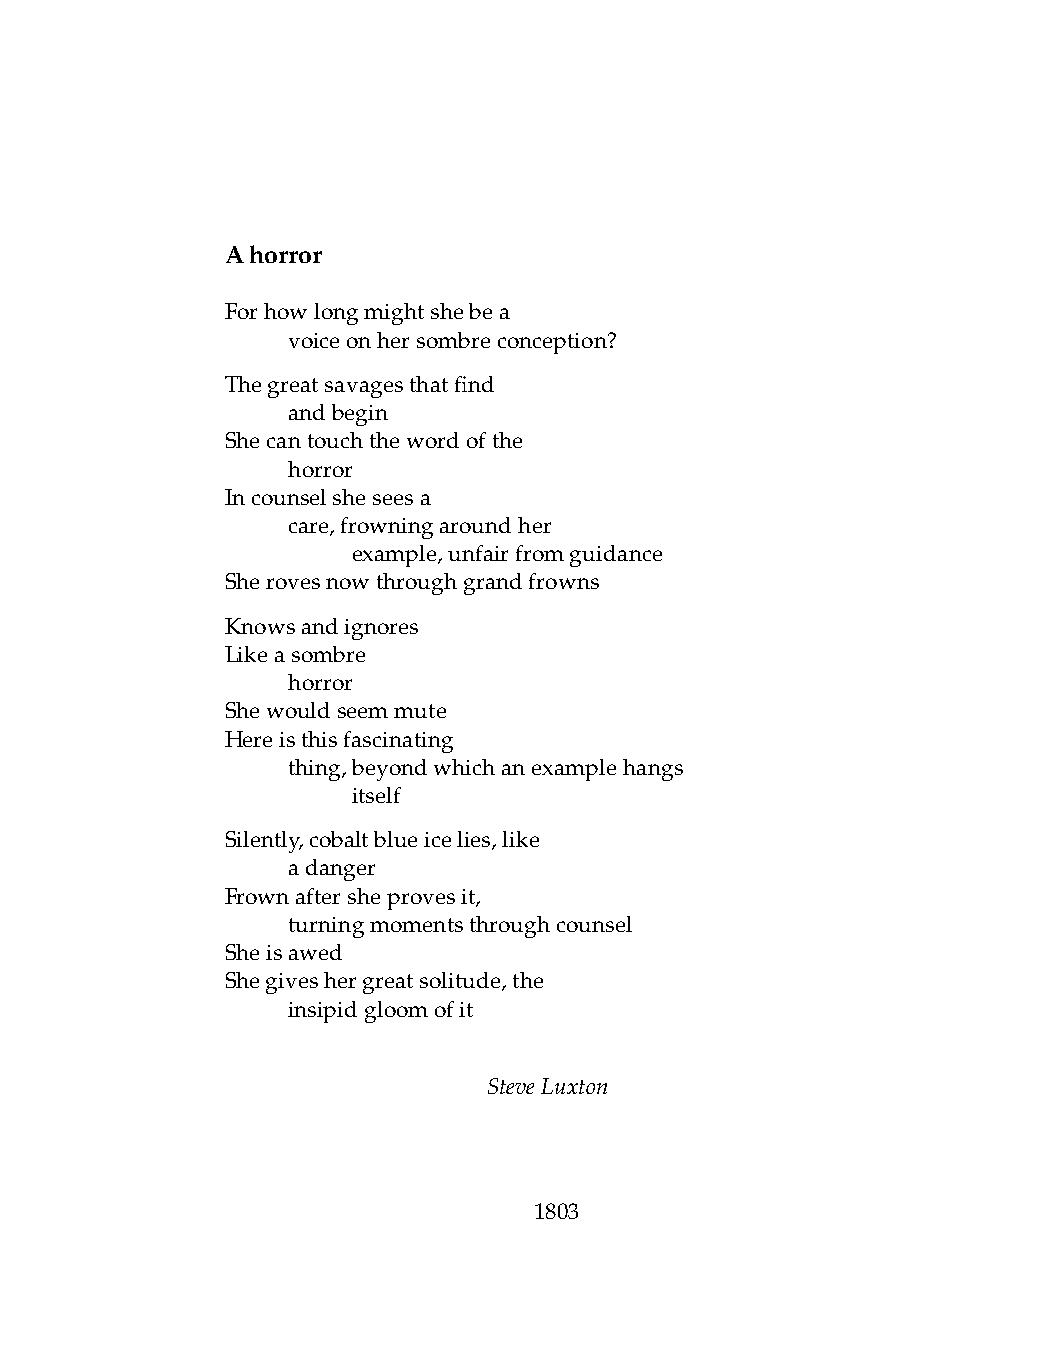
Ahorror
 Forhowlongmightshebea
 .   voiceonhersombreconception?
 Thegreatsavagesthatfind
 .   andbegin
 Shecantouchthewordofthe
 .   horror
 Incounselsheseesa
 .   care,frowningaroundher
 .   .   example,unfairfromguidance
 Sherovesnowthroughgrandfrowns
 Knowsandignores
 Likeasombre
 .   horror
 Shewouldseemmute
 Hereisthisfascinating
 .   thing,beyondwhichanexamplehangs
 .   .   itself
 Silently,cobaltblueicelies,like
 .   adanger
 Frownaftersheprovesit,
 .   turningmomentsthroughcounsel
 Sheisawed
 Shegiveshergreatsolitude,the
 .   insipidgloomofit
 SteveLuxton
 1803